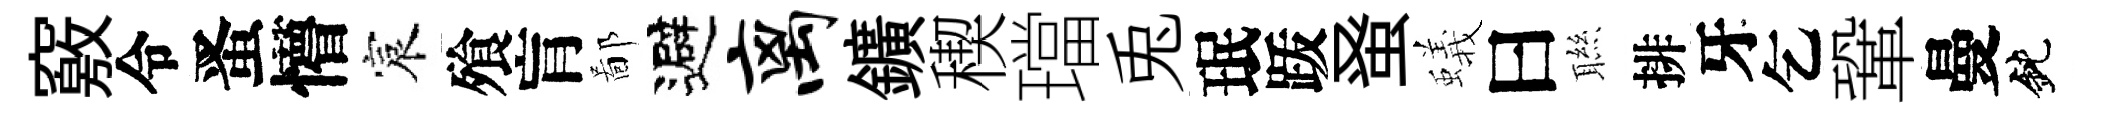
竅令󱉠懵宸飱肓鄙避离鑛稧璫兎珉䟦𫊫蟻曰聮排牙乞鞏曼鈍